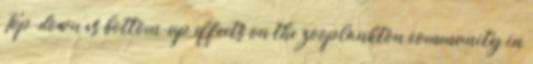
Top-down vs bottom-up effects on the zooplankton community in